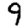
Digit: 9